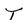
Character: T